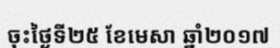
ចុះថ្ងៃទី២៥ ខែមេសា ឆ្នាំ២០១៧